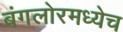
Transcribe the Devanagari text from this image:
बंगलोरमध्येच